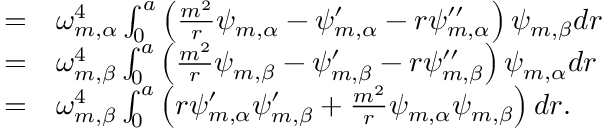
\begin{array} { r l } { = } & { { } \omega _ { m , \alpha } ^ { 4 } \int _ { 0 } ^ { a } \left( \frac { m ^ { 2 } } { r } \psi _ { m , \alpha } - \psi _ { m , \alpha } ^ { \prime } - r \psi _ { m , \alpha } ^ { \prime \prime } \right) \psi _ { m , \beta } d r } \\ { = } & { { } \omega _ { m , \beta } ^ { 4 } \int _ { 0 } ^ { a } \left( \frac { m ^ { 2 } } { r } \psi _ { m , \beta } - \psi _ { m , \beta } ^ { \prime } - r \psi _ { m , \beta } ^ { \prime \prime } \right) \psi _ { m , \alpha } d r } \\ { = } & { { } \omega _ { m , \beta } ^ { 4 } \int _ { 0 } ^ { a } \left( r \psi _ { m , \alpha } ^ { \prime } \psi _ { m , \beta } ^ { \prime } + \frac { m ^ { 2 } } { r } \psi _ { m , \alpha } \psi _ { m , \beta } \right) d r . } \end{array}